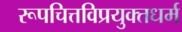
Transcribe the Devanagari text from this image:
रूपचित्तविप्रयुक्तधर्म